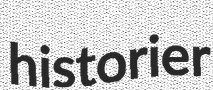
historier